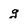
Character: g